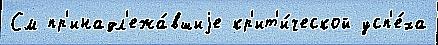
См пр'инадл'ежа́вшиjе кр'ит'и́ческой усп'е́ха